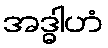
အဒ္ဓါဟံ